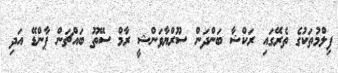
ފިލްމުތަކުގެ ތެރޭގައި ރަކްޝާ ބަންދަން ސޫރްޔާވަންޝީ ރާމް ސޭތޫ ބައްޗަން ޕާންޑޭ އަދި